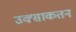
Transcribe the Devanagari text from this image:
उक्साकतन